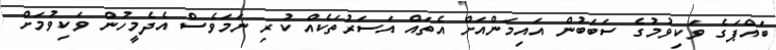
ބައްޕަގެ ވަކިވުމުގެ ސަބަބުން އައިމަންއަށް އެތައް އަސަރުތަކެއް ކުރި ނަމަވެސް އެދެމީހުން ވަކިވުމަށް